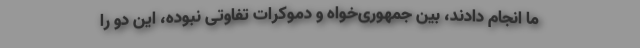
ما انجام دادند، بین جمهوری‌خواه و دموکرات تفاوتی نبوده، این دو را